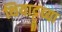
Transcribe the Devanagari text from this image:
थियाट्टूच्या